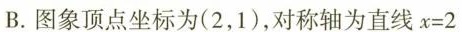
B. 图象顶点坐标为(2，1)，对称轴为直线 $$x = 2$$